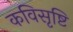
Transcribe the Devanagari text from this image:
कविसृष्टि